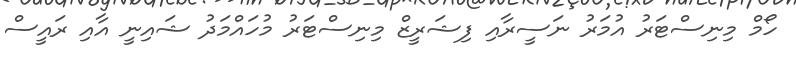
ހޯމް މިނިސްޓަރު އުމަރު ނަސީރާއި ފިޝަރީޒް މިނިސްޓަރު މުހައްމަދު ޝައިނީ އާއި ރައީސް